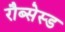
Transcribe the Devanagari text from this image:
रौब्सेस्ड